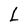
Character: L